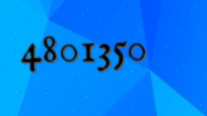
4801350